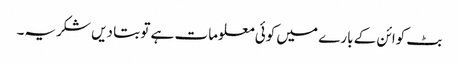
بٹ کوائن کے بارے میں کوئی معلومات ہے تو بتا دیں شکریہ۔